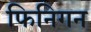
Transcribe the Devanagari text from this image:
फिनिगन